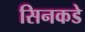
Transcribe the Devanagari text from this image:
सिनकडे